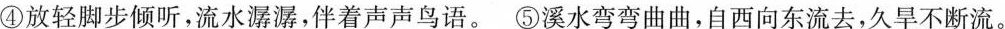
④放轻脚步倾听，流水潺潺，伴着声声鸟语。⑤溪水弯弯曲曲，自西向东流去，久旱不断流。